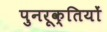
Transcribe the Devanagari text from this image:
पुनरूक्तियों